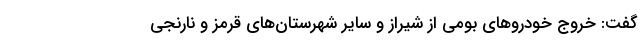
گفت: خروج خودرو‌های بومی از شیراز و سایر شهرستان‌های قرمز و نارنجی